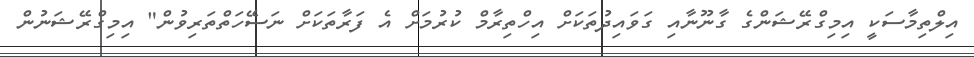
އިލްތިމާސަކީ އިމިގްރޭޝަންގެ ގާނޫނާއި ގަވައިދުތަކަށް އިހްތިރާމް ކުރުމަށް އެ ފަރާތަކަށް ނަސޭހަތްތަރިވުން" އިމިގްރޭޝަނުން